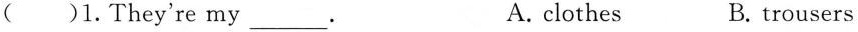
()1.They're my___. A.clothes B. trousers